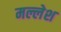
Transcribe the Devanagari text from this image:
मल्लेश